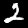
Digit: 2